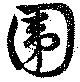
圍